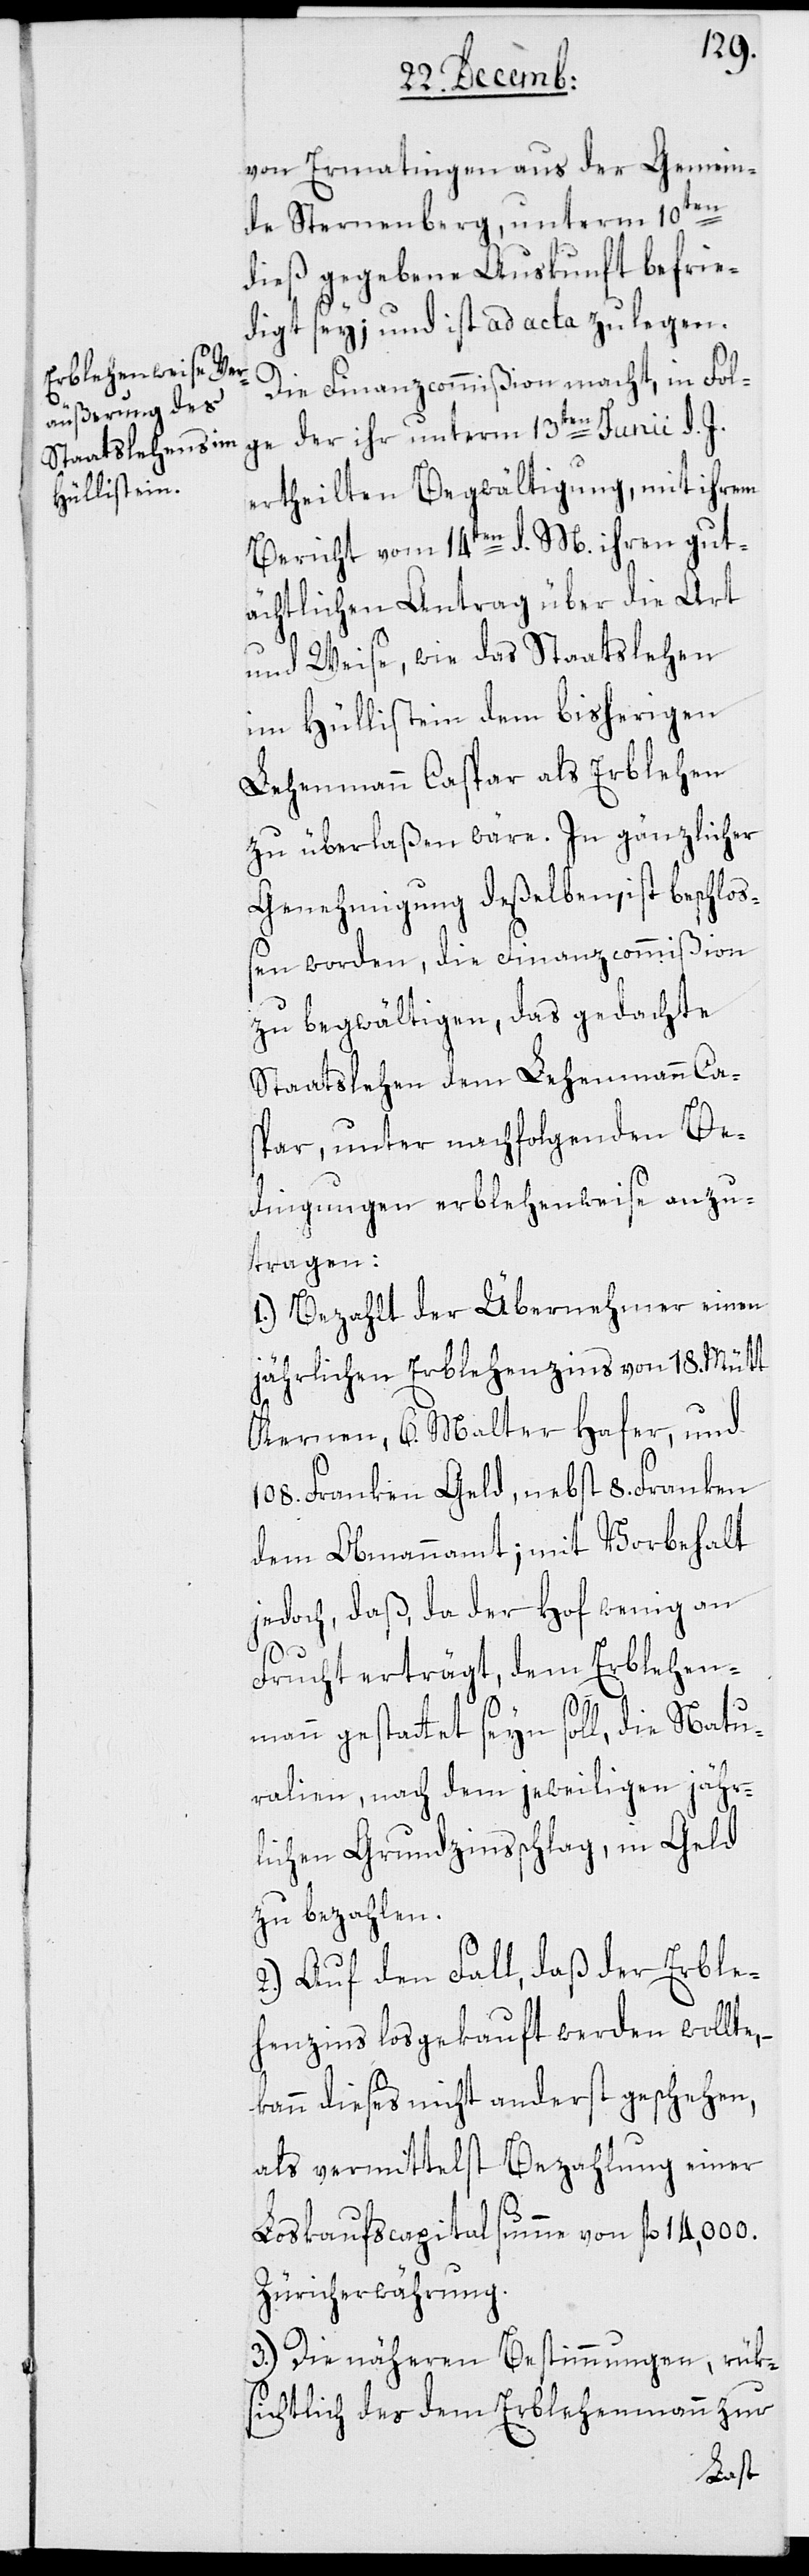
von Ermatingen aus der Gemein¬
de Sternenberg, unterm 10ten
dieß gegebene Auskunft befrie¬
digt sey; und ist ad acta zu legen.
Die Finanzcommißion macht, in Fol¬
ge der ihr unterm 13ten Junii d. J.
ertheilten Begwältigung, mit ihrem
Bericht vom 14ten d. M. ihren gut¬
ächtlichen Antrag über die Art
und Weise, wie das Staatslehen
im Hüllistein dem bisherigen
Lehenmann Caspar als Erblehen
zu überlaßen wäre. In gänzlicher
Genehmigung deßelben, ist beschloß¬
en worden, die Finanzcommißion
zu begwältigen, das gedachte
Staatslehen dem Lehenmann Ca¬
spar, unter nachfolgenden Be¬
dingungen erblehenweise anzu¬
tragen:
1.) Bezahlt der Übernehmer einen
jährlichen Erblehenzins von 18. Mütt
Kernen, 6. Malter Hafer, und
108. Franken Geld, nebst 8. Franken
dem Obmannamt; mit Vorbehalt
jedoch, daß, da der Hof wenig an
Frucht erträgt, dem Erblehen¬
mann gestattet seyn soll, die Natu¬
ralien, nach dem jeweiligen jähr¬
lichen Grundzinsschlag, in Geld
zu bezahlen.
2.) Auf den Fall, daß der Erble¬
henzins losgekauft werden wollte,
kann dieses nicht anderst geschehen,
als vermittelst Bezahlung einer
Loskaufscapitalsumme von fl. 14,000
Züricherwährung.
3.) Die näheren Bestimmungen, rük¬
sichtlich des dem Erblehenmann zur